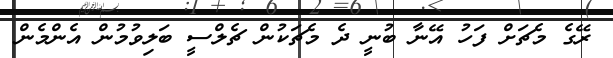
ރޭގެ މެޗަށް ފަހު އޭނާ ބުނީ ދެ މެޗަކުން ޗެލްސީ ބަލިވުމުން އެންމެން